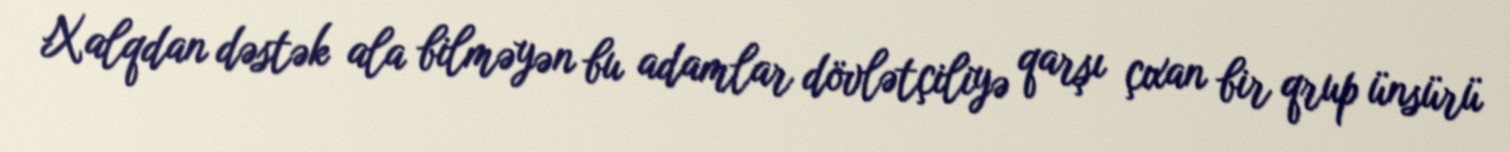
Xalqdan dəstək ala bilməyən bu adamlar dövlətçiliyə qarşı çıxan bir qrup ünsürü